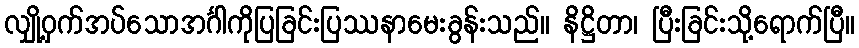
လျှို့ဝှက်အပ်သောအင်္ဂါကိုပြခြင်းပြဿနာမေးခွန်းသည်။ နိဋ္ဌိတာ၊ ပြီးခြင်းသို့ရောက်ပြီ။